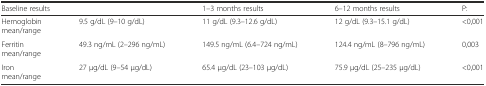
<table><thead><tr><td colspan="2"><b>Baseline results</b></td><td><b>1–3 months results</b></td><td><b>6–12 months results</b></td><td><b>P:</b></td></tr></thead><tbody><tr><td>Hemoglobinmean/range</td><td>9.5 g/dL (9–10 g/dL)</td><td>11 g/dL (9.3–12.6 g/dL)</td><td>12 g/dL (9.3–15.1 g/dL)</td><td>&lt;0,001</td></tr><tr><td>Ferritinmean/range</td><td>49.3 ng/mL (2–296 ng/mL)</td><td>149.5 ng/mL (6.4–724 ng/mL)</td><td>124.4 ng/mL (8–796 ng/mL)</td><td>0,003</td></tr><tr><td>Ironmean/range</td><td>27 μg/dL (9–54 μg/dL)</td><td>65.4 μg/dL (23–103 μg/dL)</td><td>75.9 μg/dL (25–235 μg/dL)</td><td>&lt;0,001</td></tr></tbody></table>